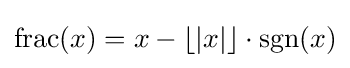
\operatorname {frac} (x)=x-\lfloor |x|\rfloor \cdot \operatorname {sgn}(x)